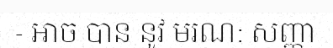
- ឤច បាន នូវ មរណ: សញ្ញា